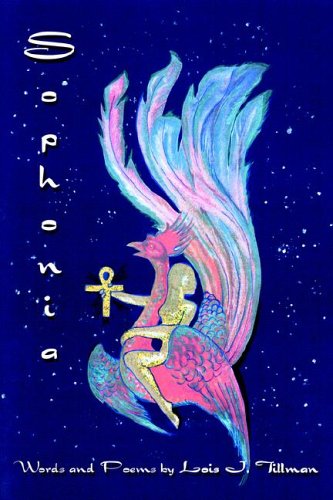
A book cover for Sophonia; Lois J. Tillman; Christian Books & Bibles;